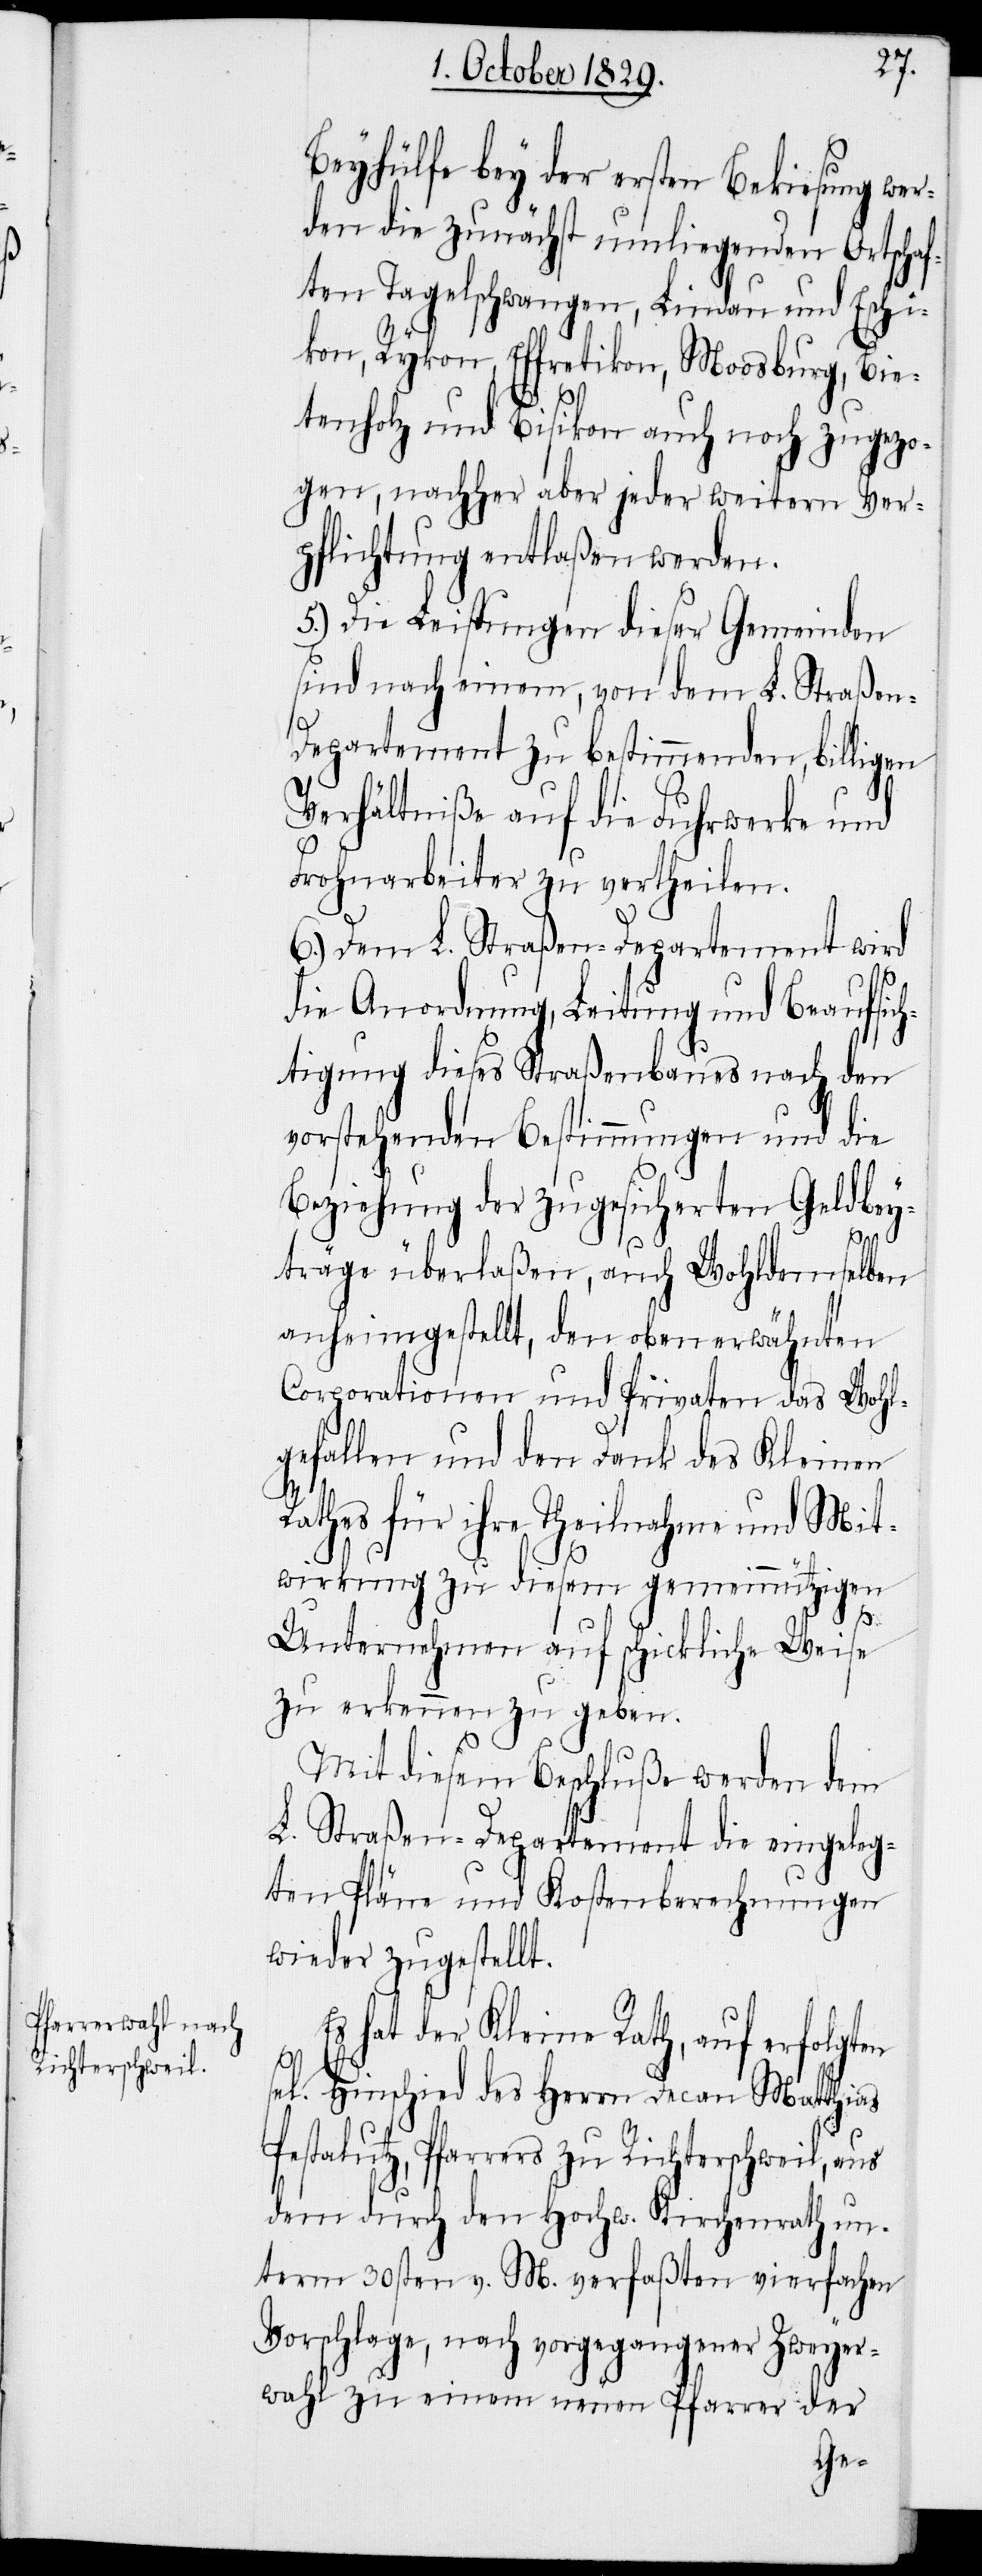
Beyhülfe bey der ersten Bekiesung wer¬
den die zunächst umliegenden Ortschaf¬
ten Tagelschwangen, Lindau und Eschi¬
kon, Rykon, Effretikon, Moosburg, Bie¬
tenholz und Bisikon auch noch zugezo¬
gen, nachher aber jeder weitern Ver¬
pflichtung entlaßen werden.
5.) Die Leistungen dieser Gemeinden
sind nach einem, von dem L. Straße¬
n-Departement zu bestimmenden, billigen
Verhältniße auf die Fuhrwerke und
Frohnarbeiter zu vertheilen.
6.) Dem L. Straßen-Departement wird
die Anordnung, Leitung und Beaufsic¬
htigung dieses Straßenbaues nach den
vorstehenden Bestimmungen und die
Beziehung der zugesicherten Geldbey¬
träge überlaßen, auch Wohldemselben
anheimgestellt, den oben erwähnten
Corporationen und Privaten das Wohl¬
gefallen und den Dank des Kleinen
Rathes für ihre Theilnahme und Mit¬
wirkung zu diesem gemeinnützigen
Unternehmen auf schickliche Weise
zu erkennen zu geben.
Mit diesem Beschluße werden dem
L. Straßen-Departement die eingeleg¬
ten Pläne und Kostenberechnungen
wieder zugestellt.
Es hat der Kleine Rath, auf erfolgten
sel. Hinschied des Herrn Decan Matthias
Pestalutz, Pfarrers zu Richterschweil, aus
dem durch den Hochw. Kirchenrath un¬
term 30sten v. M. verfaßten vierfachen
Vorschlage, nach vorgegangener Zweyer¬
wahl zu einem neuen Pfarrer der